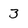
Character: 3